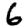
Digit: 6